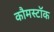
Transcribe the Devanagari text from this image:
कौमस्टॉक